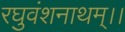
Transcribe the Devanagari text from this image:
रघुवंशनाथम्।।